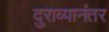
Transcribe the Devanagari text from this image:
दुराव्यानंतर